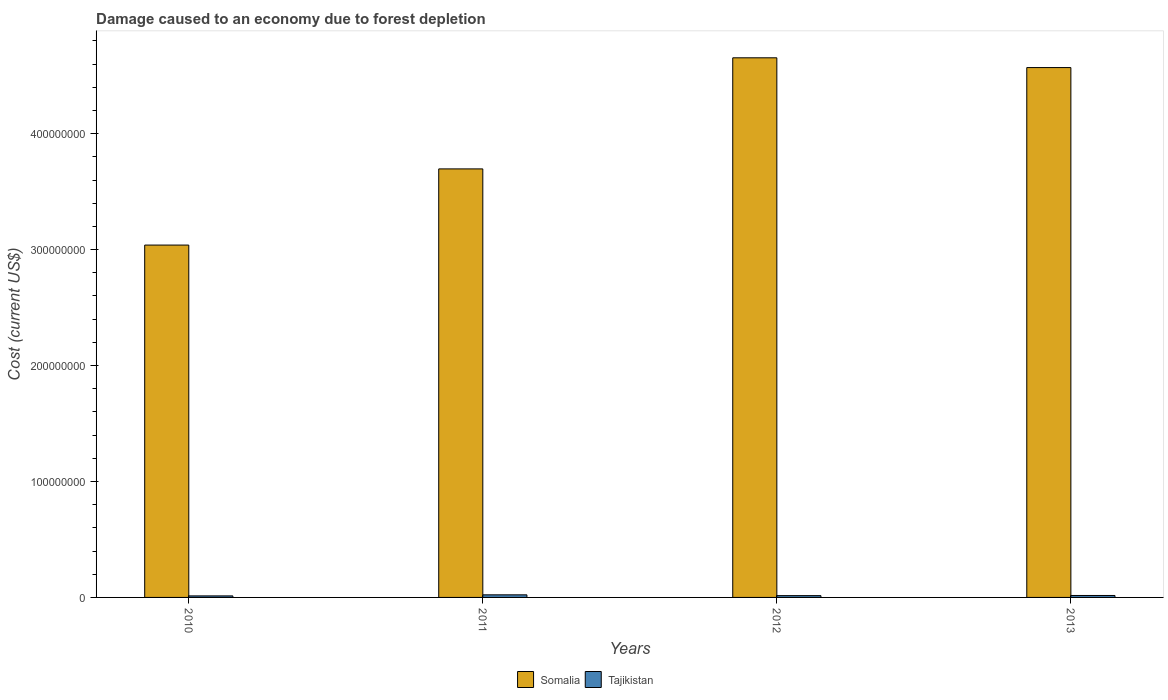
| Years | Somalia | Tajikistan |
 | --- | --- | --- |
 | 2010 | 3.04e+08 | 1.31e+06 |
 | 2011 | 3.7e+08 | 2.23e+06 |
 | 2012 | 4.65e+08 | 1.55e+06 |
 | 2013 | 4.57e+08 | 1.69e+06 |